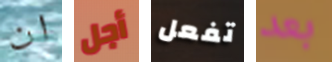
ان أجل تفعل بعد